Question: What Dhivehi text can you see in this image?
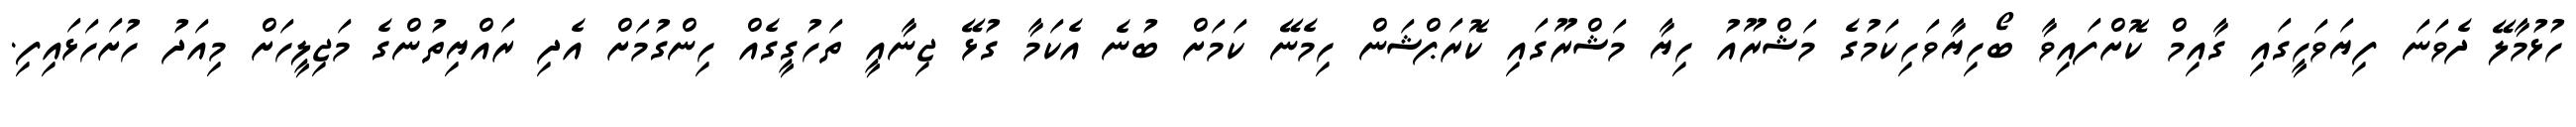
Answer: ހުޅުމާލޭ ދެވަނަ ފިޔަވަހީގައި ގާއިމް ކޮށްފައިވާ ބޯހިޔާވަހިކަމުގެ މަޝްރޫއު ހިޔާ މަޝްރޫގައި ކޮރަޕްޝަން ހިމެނޭ ކަމަށް ބުނެ އެކަމާ ގުޅޭ ޖިނާއީ ތަހުގީގެއް ހިންގުމަށް އެދި ރައްޔިތުންގެ މަޖިލީހަށް މިއަދު ހުށަހަޅައިފި.